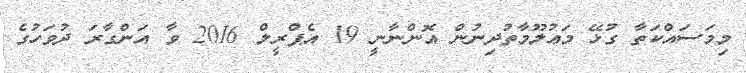
މިމަސައްކަތާ ގުޅޭ މަޢުލޫމާތުދިނުން އޮންނާނީ 19 އެޕްރީލް 2016 ވާ އަންގާރަ ދުވަހުގެ